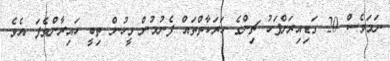
ނަމަވެސް 20 ގަޑިއިރަށްފަހު ޗިންގެ ހަރަކާތްތައް ފެނުމުން މީހުން ތިބީ ހައިރާންވެފަ އެވެ.